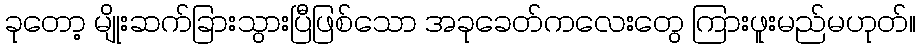
ခုတော့ မျိုးဆက်ခြားသွားပြီဖြစ်သော အခုခေတ်ကလေးတွေ ကြားဖူးမည်မဟုတ်။